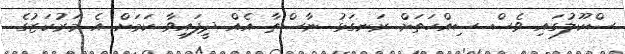
ސްކޫލުގައި ވެސް ސިއްހަތަށް ރަނގަޅު ނާސްތާ އެއް ދީފައިވާ ކަމަށް އެ މަރުކަޒުގެ